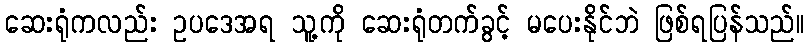
ဆေးရုံကလည်း ဥပဒေအရ သူ့ကို ဆေးရုံတက်ခွင့် မပေးနိုင်ဘဲ ဖြစ်ရပြန်သည်။